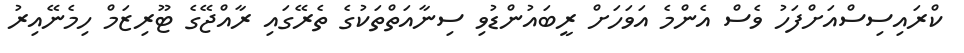
ކްރައިސިސްއަށްފަހު ވެސް އެންމެ އަވަހަށް ރީބައުންޑުވި ސިނާއަތްތަކުގެ ތެރޭގައި ރާއްޖޭގެ ޓޫރިޒަމް ހިމެނޭއިރު